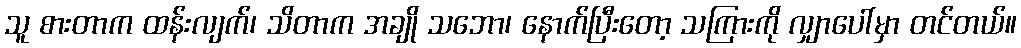
သူ စားတာက ထန်းလျက်၊ သိတာက အချို သဘော၊ နောက်ပြီးတော့ သကြားကို လျှာပေါ်မှာ တင်တယ်။